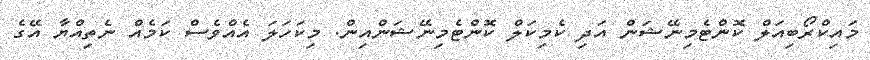
މައިކްރޯބިއަލް ކޮންޓެމިނޭޝަން އަދި ކެމިކަލް ކޮންޓެމިނޭޝަންއިން. މިކަހަލަ އެއްވެސް ކަމެއް ނެތިއްޔާ އޭގެ